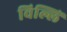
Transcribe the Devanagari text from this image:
विल्लिं